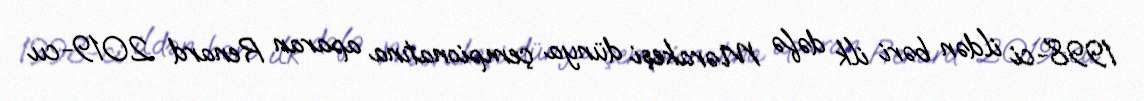
1998-ci ildən bəri ilk dəfə Mərakeşi dünya çempionatına aparan Renard 2019-cu